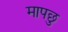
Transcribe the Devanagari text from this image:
मापछु